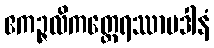
ဧကဉ္ဇလိကတ္ထေရဿာပဒါနံ